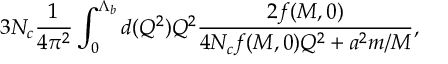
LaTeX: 3 N _ { c } \frac { 1 } { 4 \pi ^ { 2 } } \int _ { 0 } ^ { \Lambda _ { b } } d ( Q ^ { 2 } ) Q ^ { 2 } \frac { 2 f ( M , 0 ) } { 4 N _ { c } f ( M , 0 ) Q ^ { 2 } + a ^ { 2 } m / M } ,